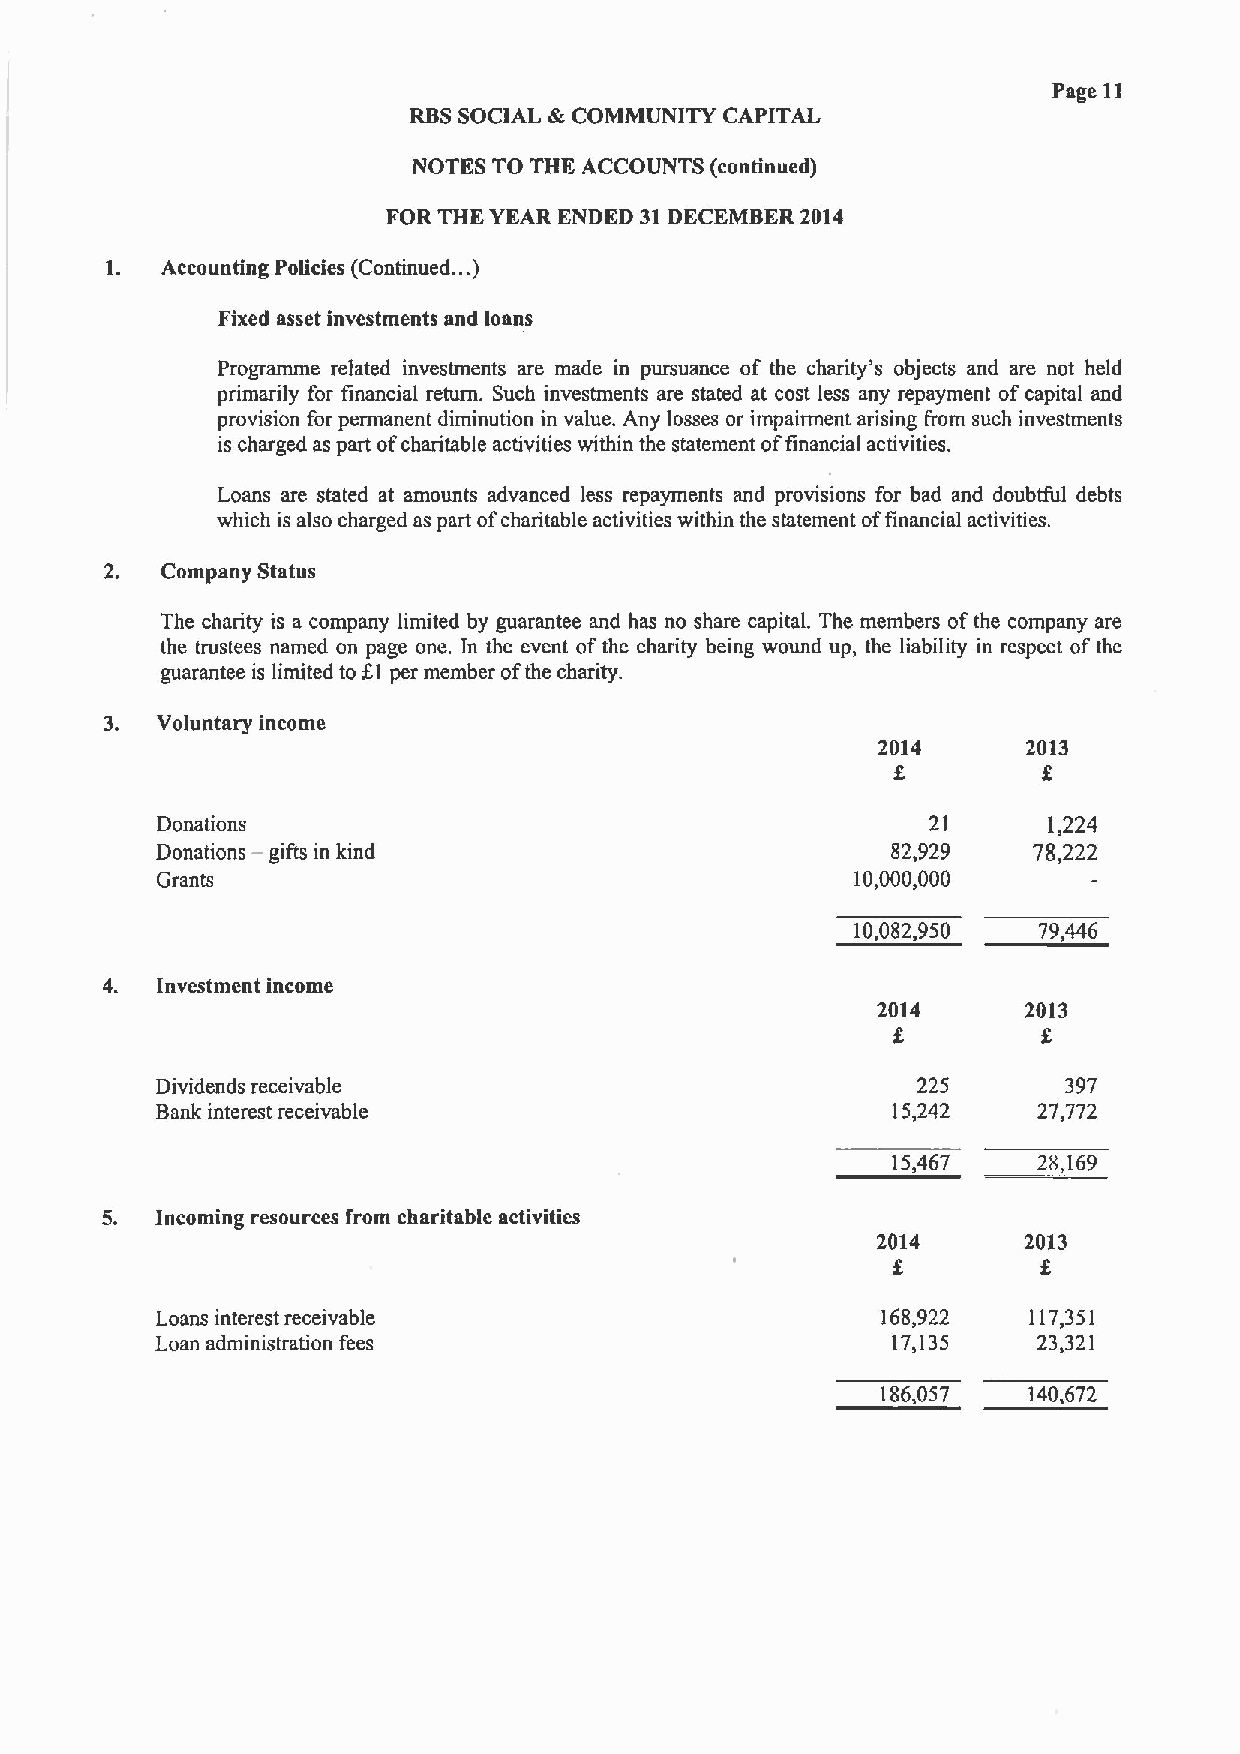
Page 11
 RBSSOCIAL &COMMUNITY CAPITAL
 NOTES TO THE ACCOUNTS (continued)
 FOR THE YEAR ENDED 31DECEMBER 2014
 1.  Accounting Policies (Continued. .. )
 Fixed asset investments and loans
 Programme related investments are made in pursuance of the charity's objects and are not held
 primarily for financial return. Such investments are stated at cost less any repayment of capital and
 provision for permanent diminution in value. Any losses or impairment arising from such investments
 is charged as part ofcharitable activities within the statement offinancial activities,
 Loans are stated at amounts advanced less repayments and provisions for bad and doubtful debts
 which is also charged as part ofcharitable activities within the statement offinancial activities.
 2.  Company Status
 The charity is a company limited by guarantee and hss no share capitaL The members ofthe company are
 the trustees named on page one. In the event ofthe charity being wound up, the liability in respect ofthe
 guarantee is limited to Kl per member ofthe charity.
 3. Voluntary income
 2014      2013
 f         f
 Donations                                           21     1,224
 Donations — gifts in kind                        82,929   78,222
 Grants                                         10,000,000
 10,082,950  79,446
 4. Investment income
 2014      2013
 f         f
 Dividends receivable                               225       397
 Bank interest receivable                         15,242    27,772
 15,467    28,169
 5. Incoming resources from charitable activities
 2014      2013
 f
 Loans interest receivable                       168,922   117,351
 Loan administration fees                         17,135    23,321
 186,057   140,672